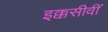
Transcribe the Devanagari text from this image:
इक्कसीवीं